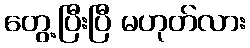
တွေ့ပြီးပြီ မဟုတ်လား